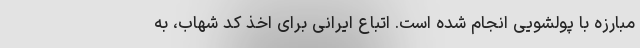
مبارزه با پولشویی انجام شده است. اتباع ایرانی برای اخذ کد شهاب، به